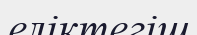
еліктегіш